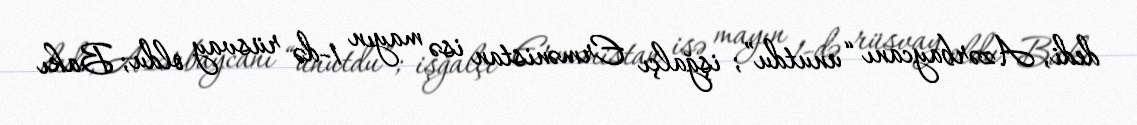
dedi, Azərbaycanı “unutdu”; işğalçı Ermənistan isə mayın 1-də rüsvay oldu; Bakı